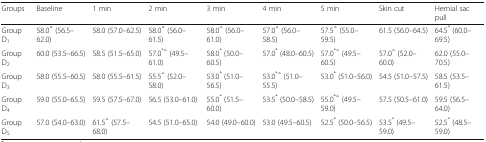
<table><thead><tr><td><b>Groups</b></td><td><b>Baseline</b></td><td><b>1 min</b></td><td><b>2 min</b></td><td><b>3 min</b></td><td><b>4 min</b></td><td><b>5 min</b></td><td><b>Skin cut</b></td><td><b>Hernial sac pull</b></td></tr></thead><tbody><tr><td>Group D<sub>1</sub></td><td>58.0<sup>△</sup> (56.5–62.0)</td><td>58.0 (57.0–62.5)</td><td>58.0<sup>△</sup> (56.0–61.5)</td><td>58.0<sup>△</sup> (56.0–61.0)</td><td>57.0<sup>△</sup> (56.0–58.5)</td><td>57.5<sup>△</sup> (55.0–59.5)</td><td>61.5 (56.0–64.5)</td><td>64.5<sup>*</sup> (60.0–69.5)</td></tr><tr><td>Group D<sub>2</sub></td><td>60.0 (53.5–66.5)</td><td>58.5 (51.5–65.0)</td><td>57.0<sup>*△</sup> (49.5–61.0)</td><td>58.0<sup>*</sup> (50.0–60.5)</td><td>57.0<sup>*</sup> (48.0–60.5)</td><td>57.0<sup>*△</sup> (49.5–60.5)</td><td>57.0<sup>△</sup> (52.0–60.0)</td><td>62.0 (55.0–70.5)</td></tr><tr><td>Group D<sub>3</sub></td><td>58.0 (55.5–60.5)</td><td>58.0 (55.5–61.5)</td><td>55.5<sup>△</sup> (52.0–58.0)</td><td>53.0<sup>*</sup> (51.0–56.5)</td><td>53.0<sup>*△</sup> (51.0–55.5)</td><td>53.0<sup>*</sup> (51.0–56.0)</td><td>54.5 (51.0–57.5)</td><td>58.5 (53.5–61.5)</td></tr><tr><td>Group D<sub>4</sub></td><td>59.0 (55.0–65.5)</td><td>59.5 (57.5–67.0)</td><td>56.5 (53.0–61.0)</td><td>55.0<sup>*</sup> (51.5–60.0)</td><td>53.5<sup>*</sup> (50.0–58.5)</td><td>55.0<sup>*△</sup> (49.5–59.0)</td><td>57.5 (50.5–61.0)</td><td>59.5 (56.5–64.0)</td></tr><tr><td>Group D<sub>5</sub></td><td>57.0 (54.0–63.0)</td><td>61.5<sup>△</sup> (57.5–68.0)</td><td>54.5 (51.0–65.0)</td><td>54.0 (49.0–60.0)</td><td>53.0 (49.5–60.5)</td><td>52.5<sup>*</sup> (50.0–56.5)</td><td>53.5<sup>*</sup> (49.5–59.0)</td><td>52.5<sup>*</sup> (48.5–59.0)</td></tr></tbody></table>